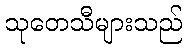
သုတေသီများသည်